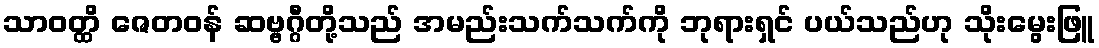
သာဝတ္ထိ ဇေတဝန် ဆဗ္ဗဂ္ဂီတို့သည် အမည်းသက်သက်ကို ဘုရားရှင် ပယ်သည်ဟု သိုးမွေးဖြူ